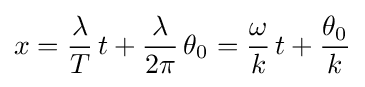
x={\frac {\lambda }{T}}\,t+{\frac {\lambda }{2\pi }}\,\theta _{0}={\frac {\omega }{k}}\,t+{\frac {\theta _{0}}{k}}